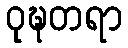
ဝုဍ္ဎတရာ